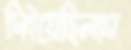
দিইয়েছিলাম